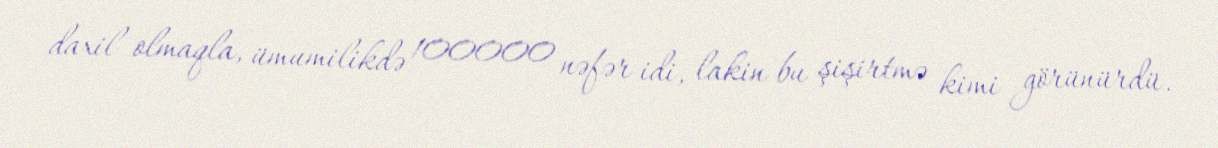
daxil olmaqla, ümumilikdə 100000 nəfər idi, lakin bu şişirtmə kimi görünürdü.